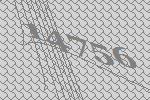
14756